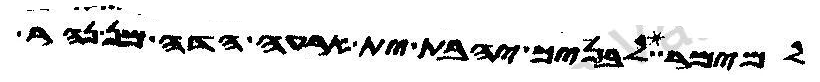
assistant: למימר לבניך יהבת ית ארעה הדה מן נהר